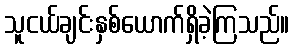
သူငယ်ချင်းနှစ်ယောက်ရှိခဲ့ကြသည်။